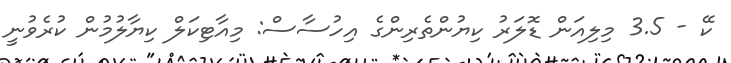
ކޭ - 3.5 މިލިއަން ޑޮލަރު ކިޔުންތެރިންގެ އިހުސާސް: މިއާޓިކަލް ކިޔާލުމުން ކުރެވުނީ